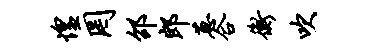
惶罔邵郎葱合衡吹